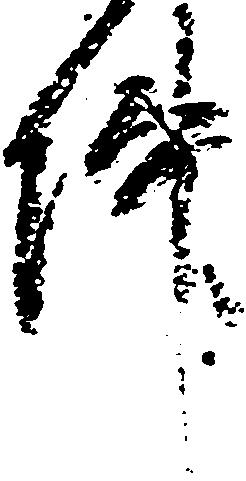
件